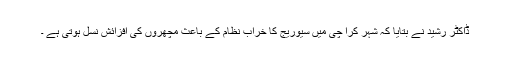
ڈاکٹر رشید نے بتایا کہ شہر کرا چی میں سیوریج کا خراب نظام کے باعث مچھروں کی افزائش نسل ہوتی ہے ۔